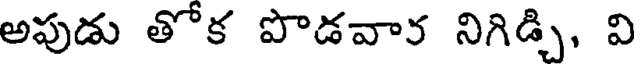
అపుడు తోక పొడవార నిగిడ్చి, వి